DOW-UAP-D19, Mission Report, Syria, February 21, 2023
Agency: Department of War
Incident date: 2/21/23
Incident location: Syria
Page 9
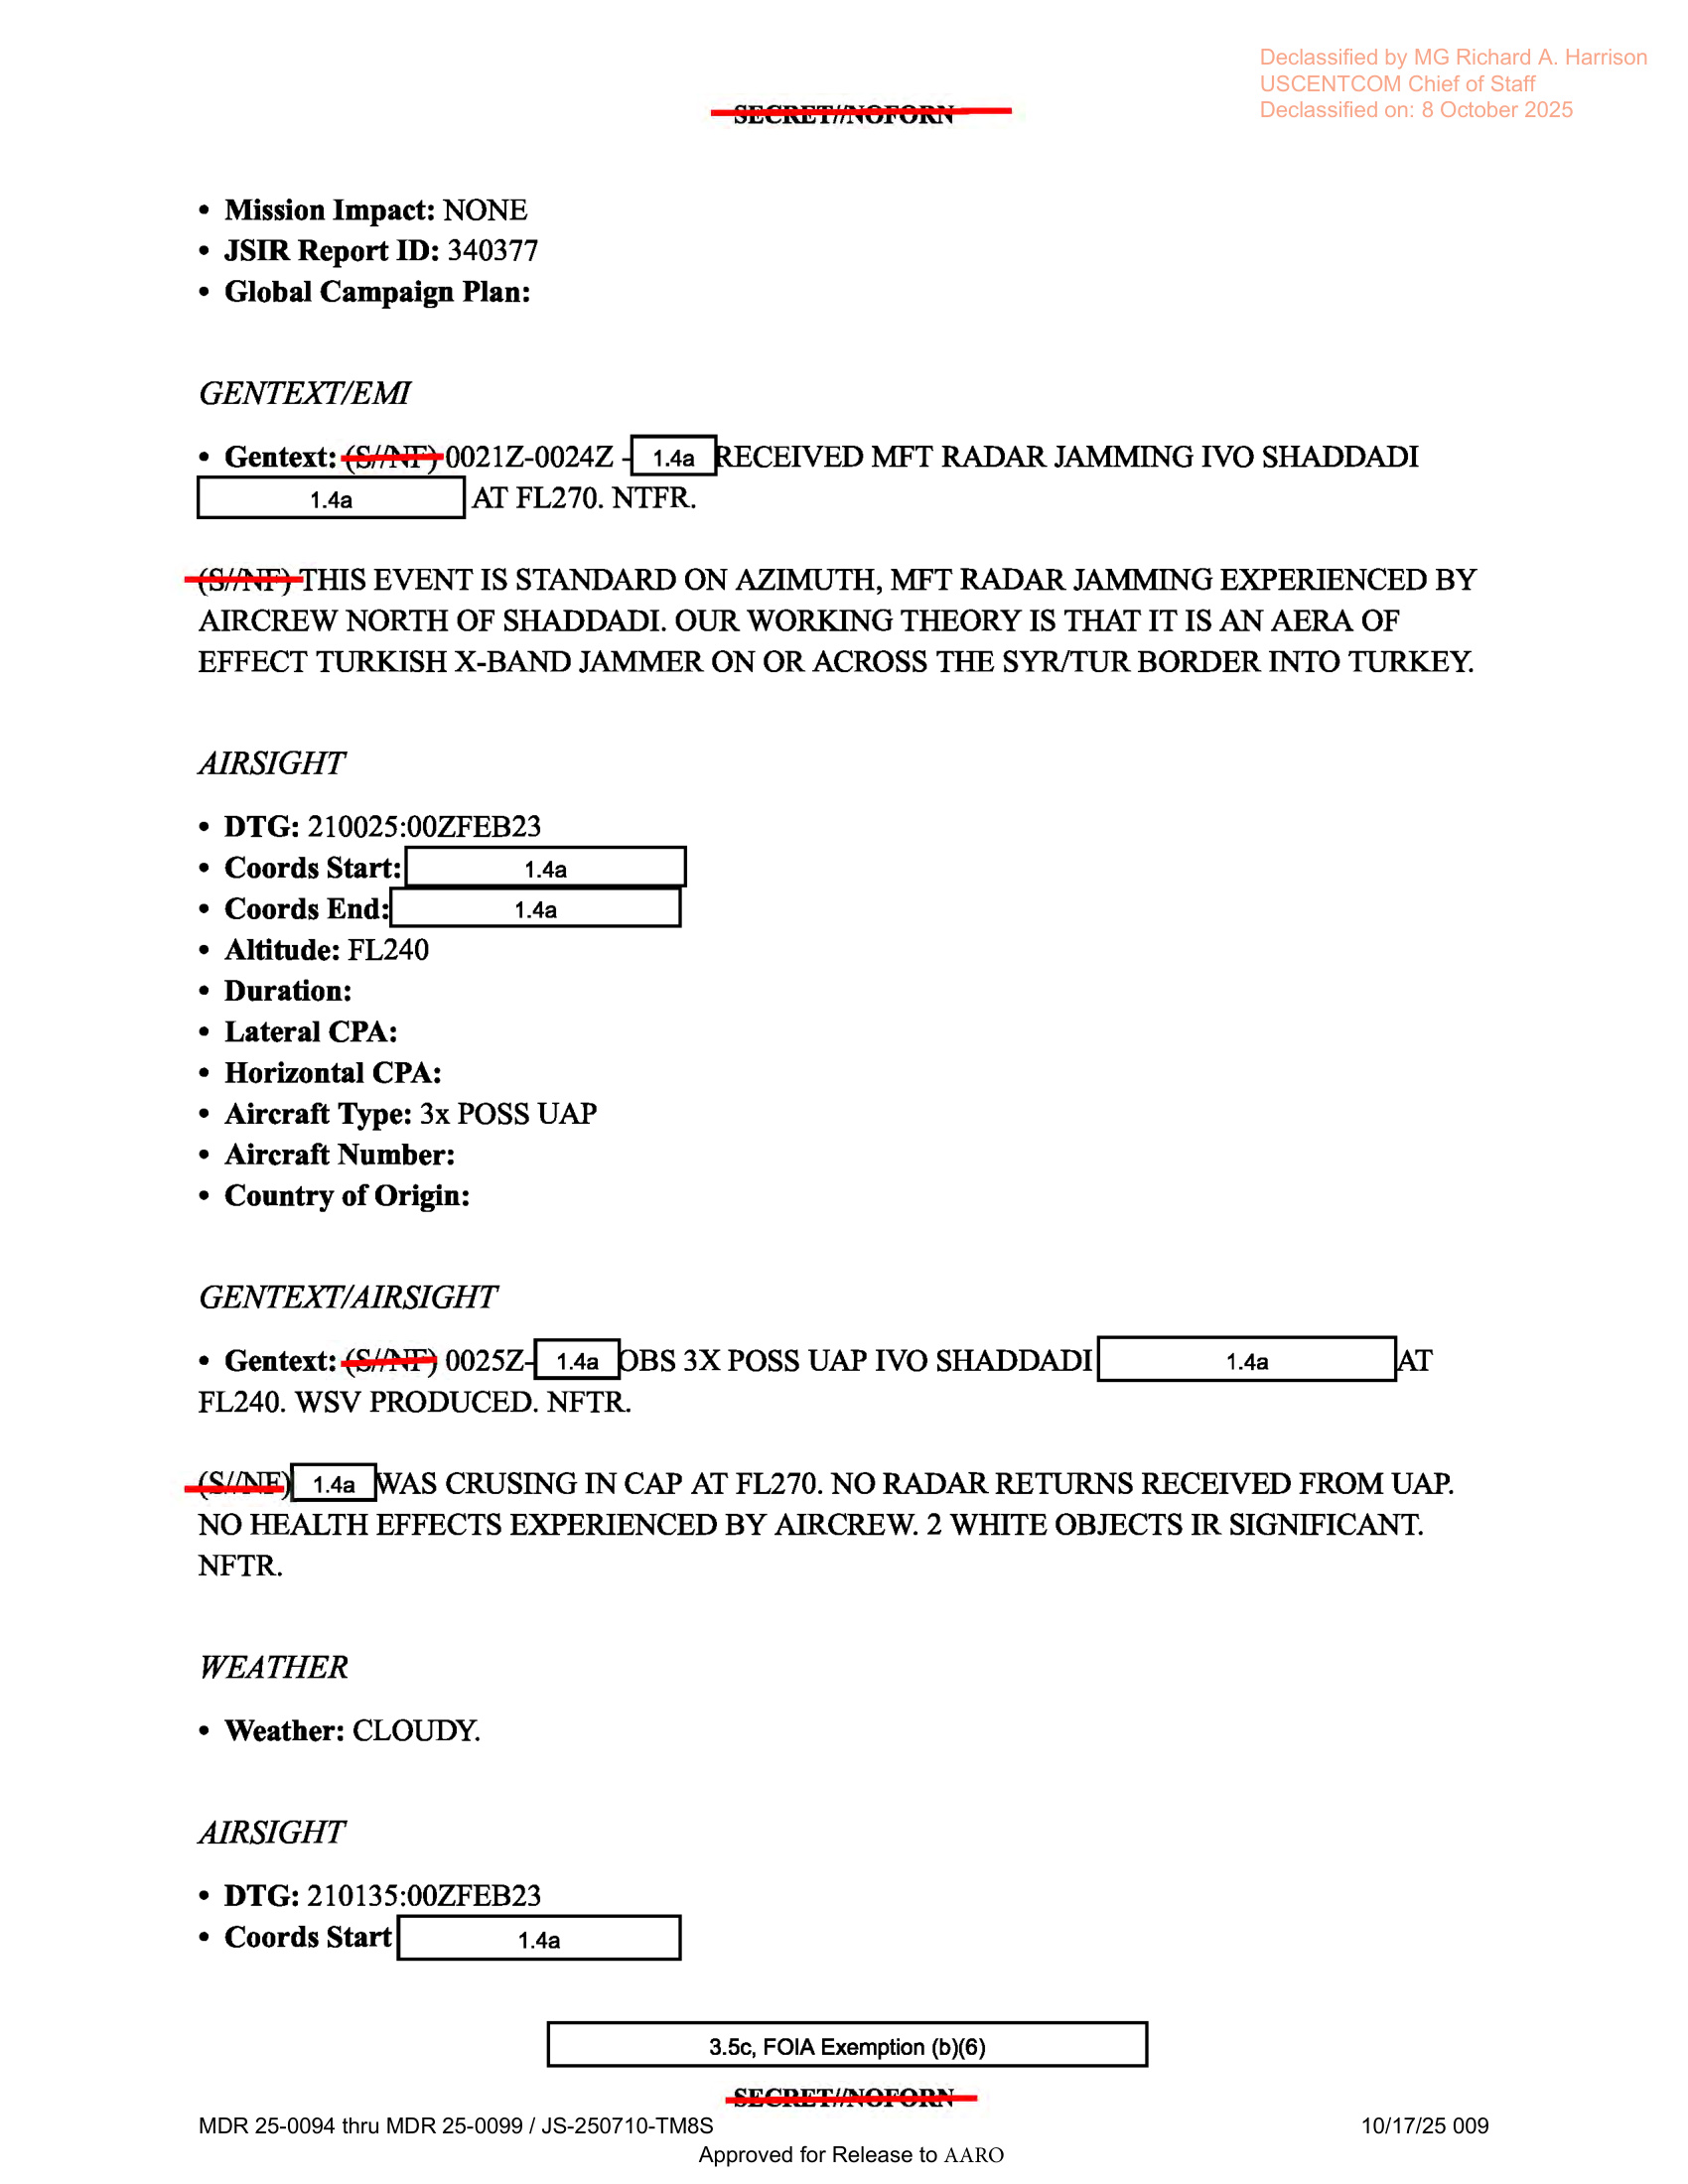